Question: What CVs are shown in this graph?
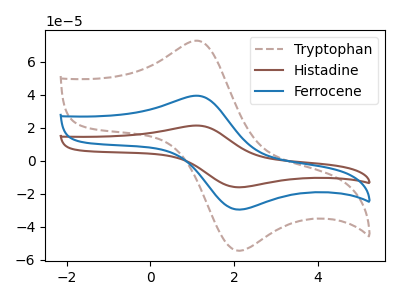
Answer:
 <answer>The brown dashed curve is labeled "Tryptophan". The brown curve is labeled "Histadine". The blue curve is labeled "Ferrocene".</answer>
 <eval></eval>